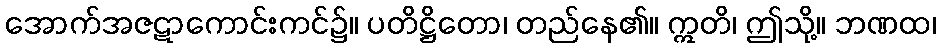
အောက်အဇဋာကောင်းကင်၌။ ပတိဋ္ဌိတော၊ တည်နေ၏။ ဣတိ၊ ဤသို့။ ဘဏထ၊